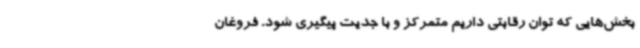
بخش‌هایی که توان رقابتی داریم متمرکز و با جدیت پیگیری شود. فروغان